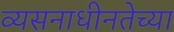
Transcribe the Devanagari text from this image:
व्यसनाधीनतेच्या